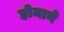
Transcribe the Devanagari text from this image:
होमाने